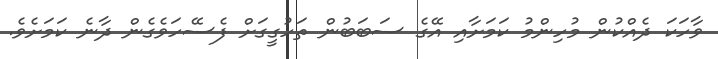
ވާހަކަ ދެއްކުން މުހިންމު ކަމަށާއި އޭގެ ސަބަބުން ތަހުގީގަށް ފެސޭހަވެގެން ދާނެ ކަމަށެވެ.